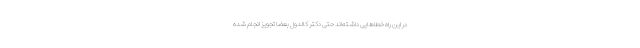
در این راه خطاهایی داشته‌اند حتی دکتر کالدول بعضا تجویز انجام شده